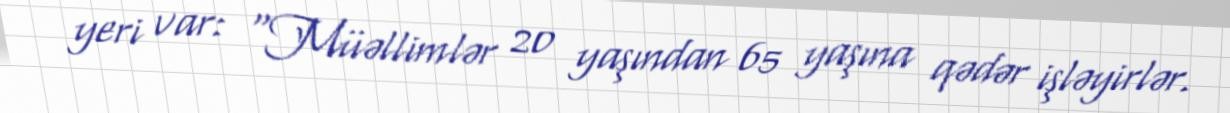
yeri var: “Müəllimlər 20 yaşından 65 yaşına qədər işləyirlər.